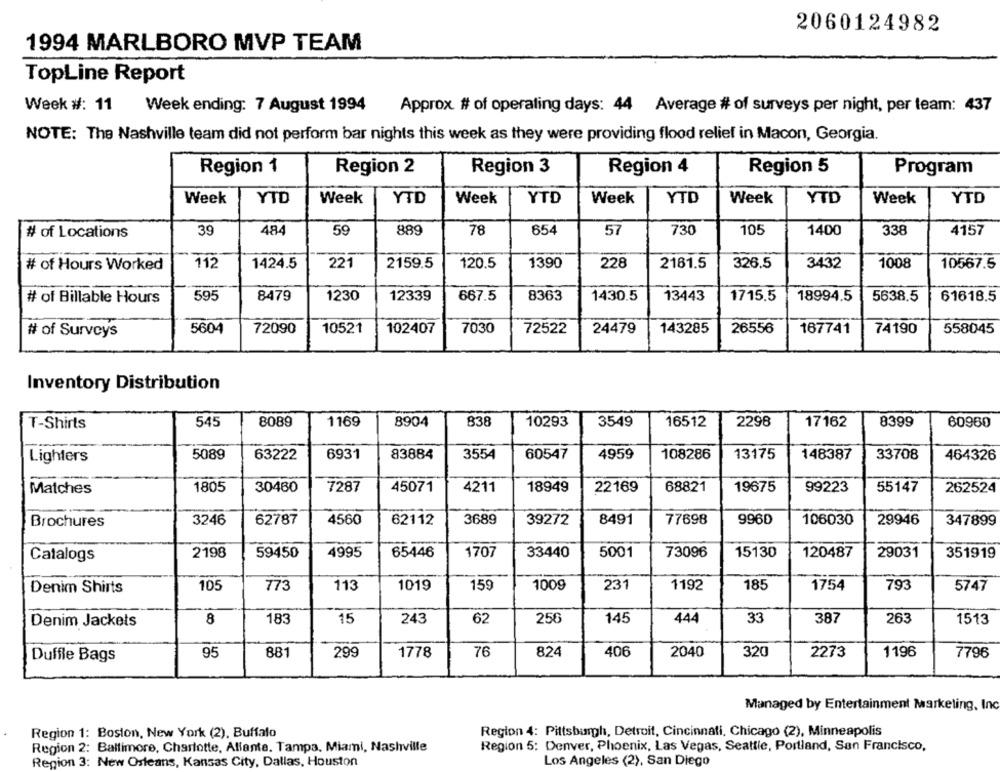
2060124982
1994 MARLBORO MVP TEAM
TopLine Report
Week #: 11 Week ending: 7 August 1994
Approx # of operating days: 44 Average # of surveys per night, per team: 437
NOTE: The Nashville team did not perform bar nights this week as they were providing flood relief in Macon, Georgia.
Region 1
Region 2
Region 3
Region 4
Region 5
Program
Week
YTD
Week
YTD
Week
YTD
Week
YTD
Week
YTD
Week
YTD
39
484
59
889
78
654
57
730
105
1400
338
4157
# of Locations
221
# of Hours Worked
112
1424.5
2159.5
120.5
1390
228
2161.5
326.5
3432
1008
10567.5
# of Billable Hours
595
8479
1230
12339
667.5
8363
1430.5
13443
1715.5
18994.5
5638.5
61618.5
# of Surveys
5604
72090
10521
102407
7030
72522
24479
143285
26556
167741
74190
558045
Inventory Distribution
T-Shirts
545
8089
1169
8904
838
10293
3549
16512
2298
17162
8399
60960
5089
6931
83884
3554
60547
13175
Lighters
63222
4959
108286
148387
33708
464326
Matches
1805
30460
7287
45071
4211
18949
22169
68821
19675
99223
55147
262524
Brochures
3246
62787
4560
62112
3689
39272
8491
77698
996D
106030
29946
347899
Catalogs
2198
59450
4995
65446
1707
33440
5001
73096
15130
120487
29031
351919
105
773
113
1019
159
1009
231
1192
185
1754
793
5747
Denim Shirts
Denim Jackets
8
183
15
243
62
256
145
444
33
387
263
1513
95
881
299
1778
76
824
406
2040
320
2273
1196
7796
Duffle Bags
Managed by Entertainment Marketing, Inc
Region 1: Boston, New York (2), Buffalo
Region 4: Pittsburgh, Detroit, Cincinnati, Chicago (2), Minneapolis
Region 2: Baltimore, Charlotte, Allante. Tampa, Miami, Nashville
Region 5: Denver, Phoenix, Las Vegas, Seattle, Portland, San Francisco,
Region 3: New Orleans, Kansas City, Dallas, Houston
Los Angeles (2), San Diego